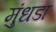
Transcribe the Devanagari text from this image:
मुंधडा